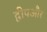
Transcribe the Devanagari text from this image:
द्वीपऔर